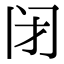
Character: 闭